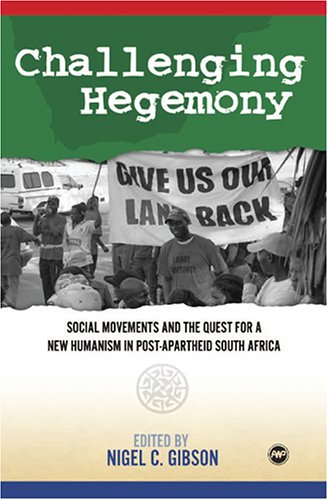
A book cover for Challenging Hegemony: Social Movements and the Quest for a New Humanism in Post-Apartheid South Africa; History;